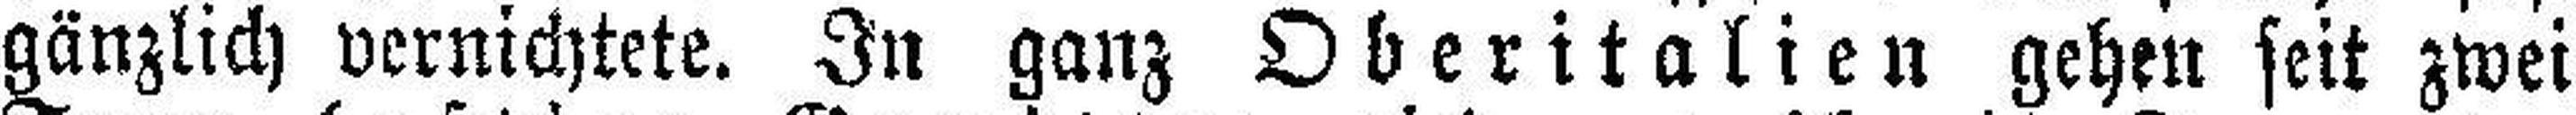
gänzlich vernichtete. In ganz Oberitalien gehen seit zwei